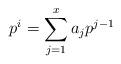
LaTeX: \begin{align*}p^i = \sum_{j=1}^{x} a_j p^{j-1}\end{align*}